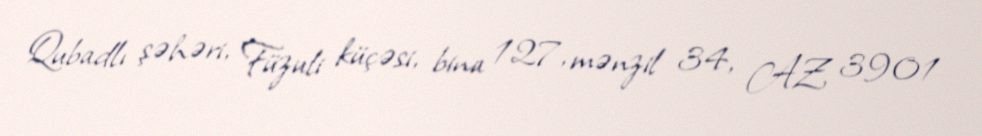
Qubadlı şəhəri, Füzuli küçəsi, bina 127, mənzil 34, AZ 3901